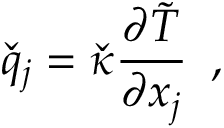
\check { q } _ { j } = \check { \kappa } \frac { \partial \tilde { T } } { \partial x _ { j } } \, \mathrm { ~ , ~ }